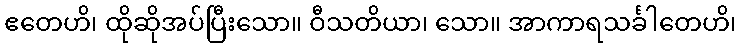
ဧတေဟိ၊ ထိုဆိုအပ်ပြီးသော။ ဝီသတိယာ၊ သော။ အာကာရသင်္ခါတေဟိ၊